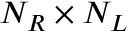
N _ { R } \times N _ { L }